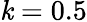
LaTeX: \mathit{k}=0.5